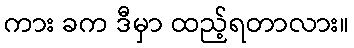
ကား ခက ဒီမှာ ထည့်ရတာလား။